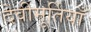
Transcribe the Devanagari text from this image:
देवीमूर्तियाँ